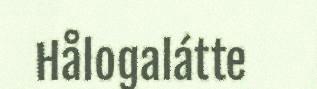
Hålogalátte